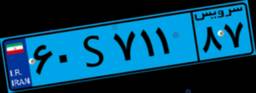
۶۰S۷۱۱۸۷